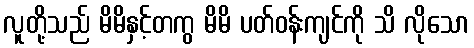
လူတို့သည် မိမိနှင့်တကွ မိမိ ပတ်ဝန်းကျင်ကို သိ လိုသော